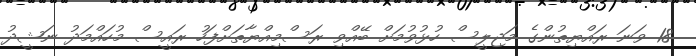
18 ވަނަ ރައްޔިތުންގެ މަޖިލީސް ހުޅުވުމަށް ބޭއްވި ރަސްމިއްޔާތަށްފަހު ރައީސް މުހައްމަދު ނަޝީދު